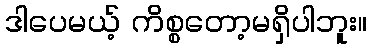
ဒါပေမယ့် ကိစ္စတော့မရှိပါဘူး။